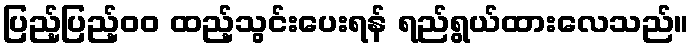
ပြည့်ပြည့်၀၀ ထည့်သွင်းပေးရန် ရည်ရွယ်ထားလေသည်။